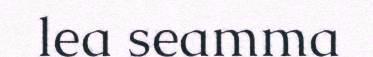
lea seamma